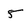
Character: 5